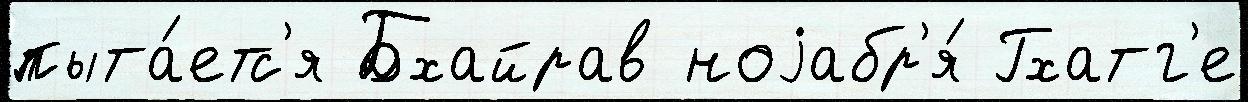
пыта́етс'я Бхайрав ноjабр'я́ Гхатг'е